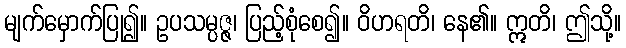
မျက်မှောက်ပြု၍။ ဥပသမ္ပဇ္ဇ၊ ပြည့်စုံစေ၍။ ဝိဟရတိ၊ နေ၏။ ဣတိ၊ ဤသို့။